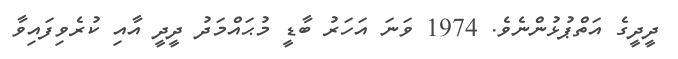
ދީދީގެ އަތްޕުޅުންނެވެ. 1974 ވަނަ އަހަރު ބާޑީ މުޙައްމަދު ދީދީ އާއި ކުރެވިފައިވާ